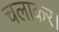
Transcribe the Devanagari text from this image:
चलाकर।